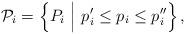
LaTeX: \begin{align*}\mathcal{P}_i = \left\{P_i\ \Big|\ p_i^{\prime}\leq p_i\leq p_i^{\prime\prime}\right\},\end{align*}